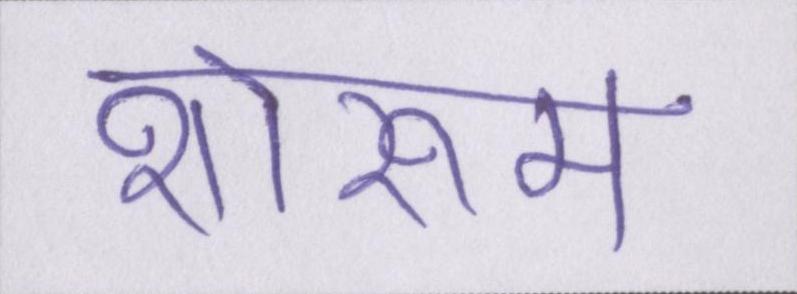
शोरूम